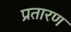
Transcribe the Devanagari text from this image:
प्रतारण